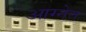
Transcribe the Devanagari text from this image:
आग्नेत